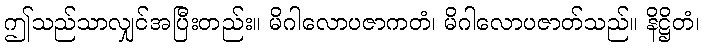
ဤသည်သာလျှင်အပြီးတည်း။ မိဂါလောပဇာကတံ၊ မိဂါလောပဇာတ်သည်။ နိဋ္ဌိတံ၊